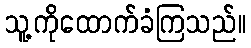
သူ့ကိုထောက်ခံကြသည်။